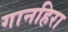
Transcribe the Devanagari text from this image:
गानहिरा